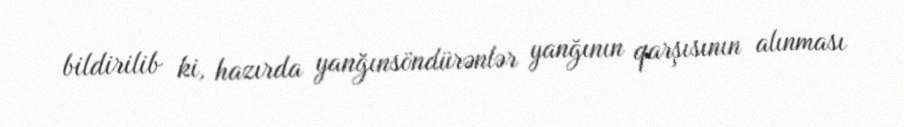
bildirilib ki, hazırda yanğınsöndürənlər yanğının qarşısının alınması